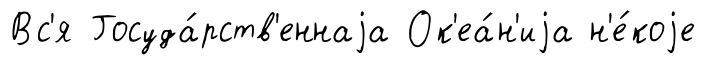
Вс'я Госуда́рств'еннаjа Ок'еа́н'иjа н'е́коjе